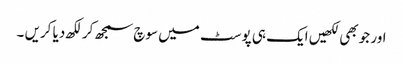
اور جو بھی لکھیں ایک ہی پوسٹ میں سوچ سمجھ کر لکھ دیا کریں ۔